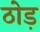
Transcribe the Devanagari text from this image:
ठोड़